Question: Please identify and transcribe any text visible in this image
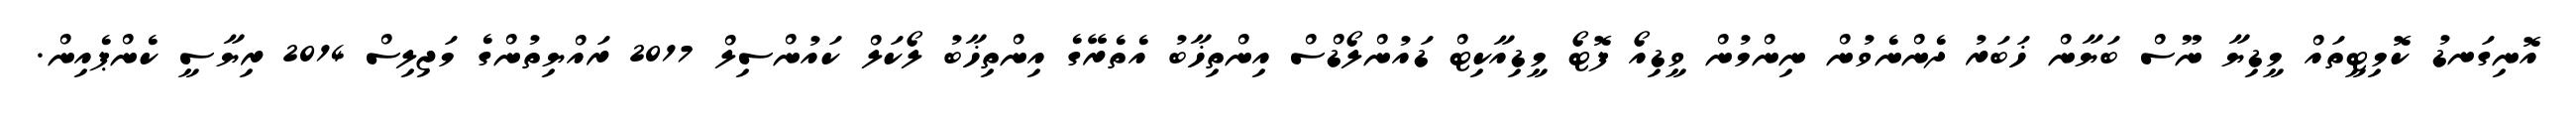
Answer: އޮނިގަނޑު ކޮމިޓީތައް މީޑިޔާ ނޫސް ބަޔާން ޚަބަރު ދެންނެވުން ނިންމުން ވީޑިއޯ ފޮޓޯ މީޑިއާކިޓް ޑައުންލޯޑްސް އިންތިޚާބު އެތެރޭގެ އިންތިޚާބު ލޯކަލް ކައުންސިލް 2017 ރައްޔިތުންގެ މަޖިލިސް 2014 ރިޔާސީ ކެންޕެއިން.